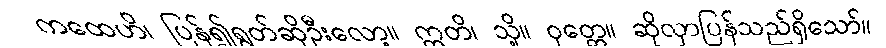
ကထေဟိ၊ ပြန်၍ရွတ်ဆိုဦးလော့။ ဣတိ၊ သို့။ ဝုတ္တေ။ ဆိုလှာပြန်သည်ရှိသော်။